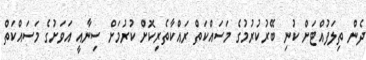
ދެން ތިލަފުއްޓަށް ކުނި ބޭރުކުރުމުގެ މަސައްކަތް ރައްކާތެރިކޮށް ކުރުމަށް ސިނާއީ އަވަށުގެ މަސައްކަތް